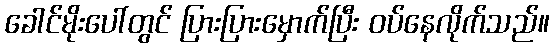
ခေါင်မိုးပေါ်တွင် ပြားပြားမှောက်ပြီး ဝပ်နေလိုက်သည်။